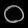
Digit: ၀